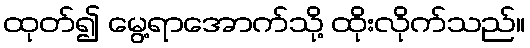
ထုတ်၍ မွေ့ရာအောက်သို့ ထိုးလိုက်သည်။